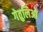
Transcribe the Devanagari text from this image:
गेतुलिओ